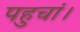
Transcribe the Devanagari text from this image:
पहुचां।